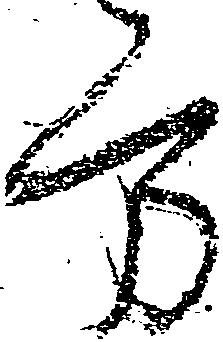
方